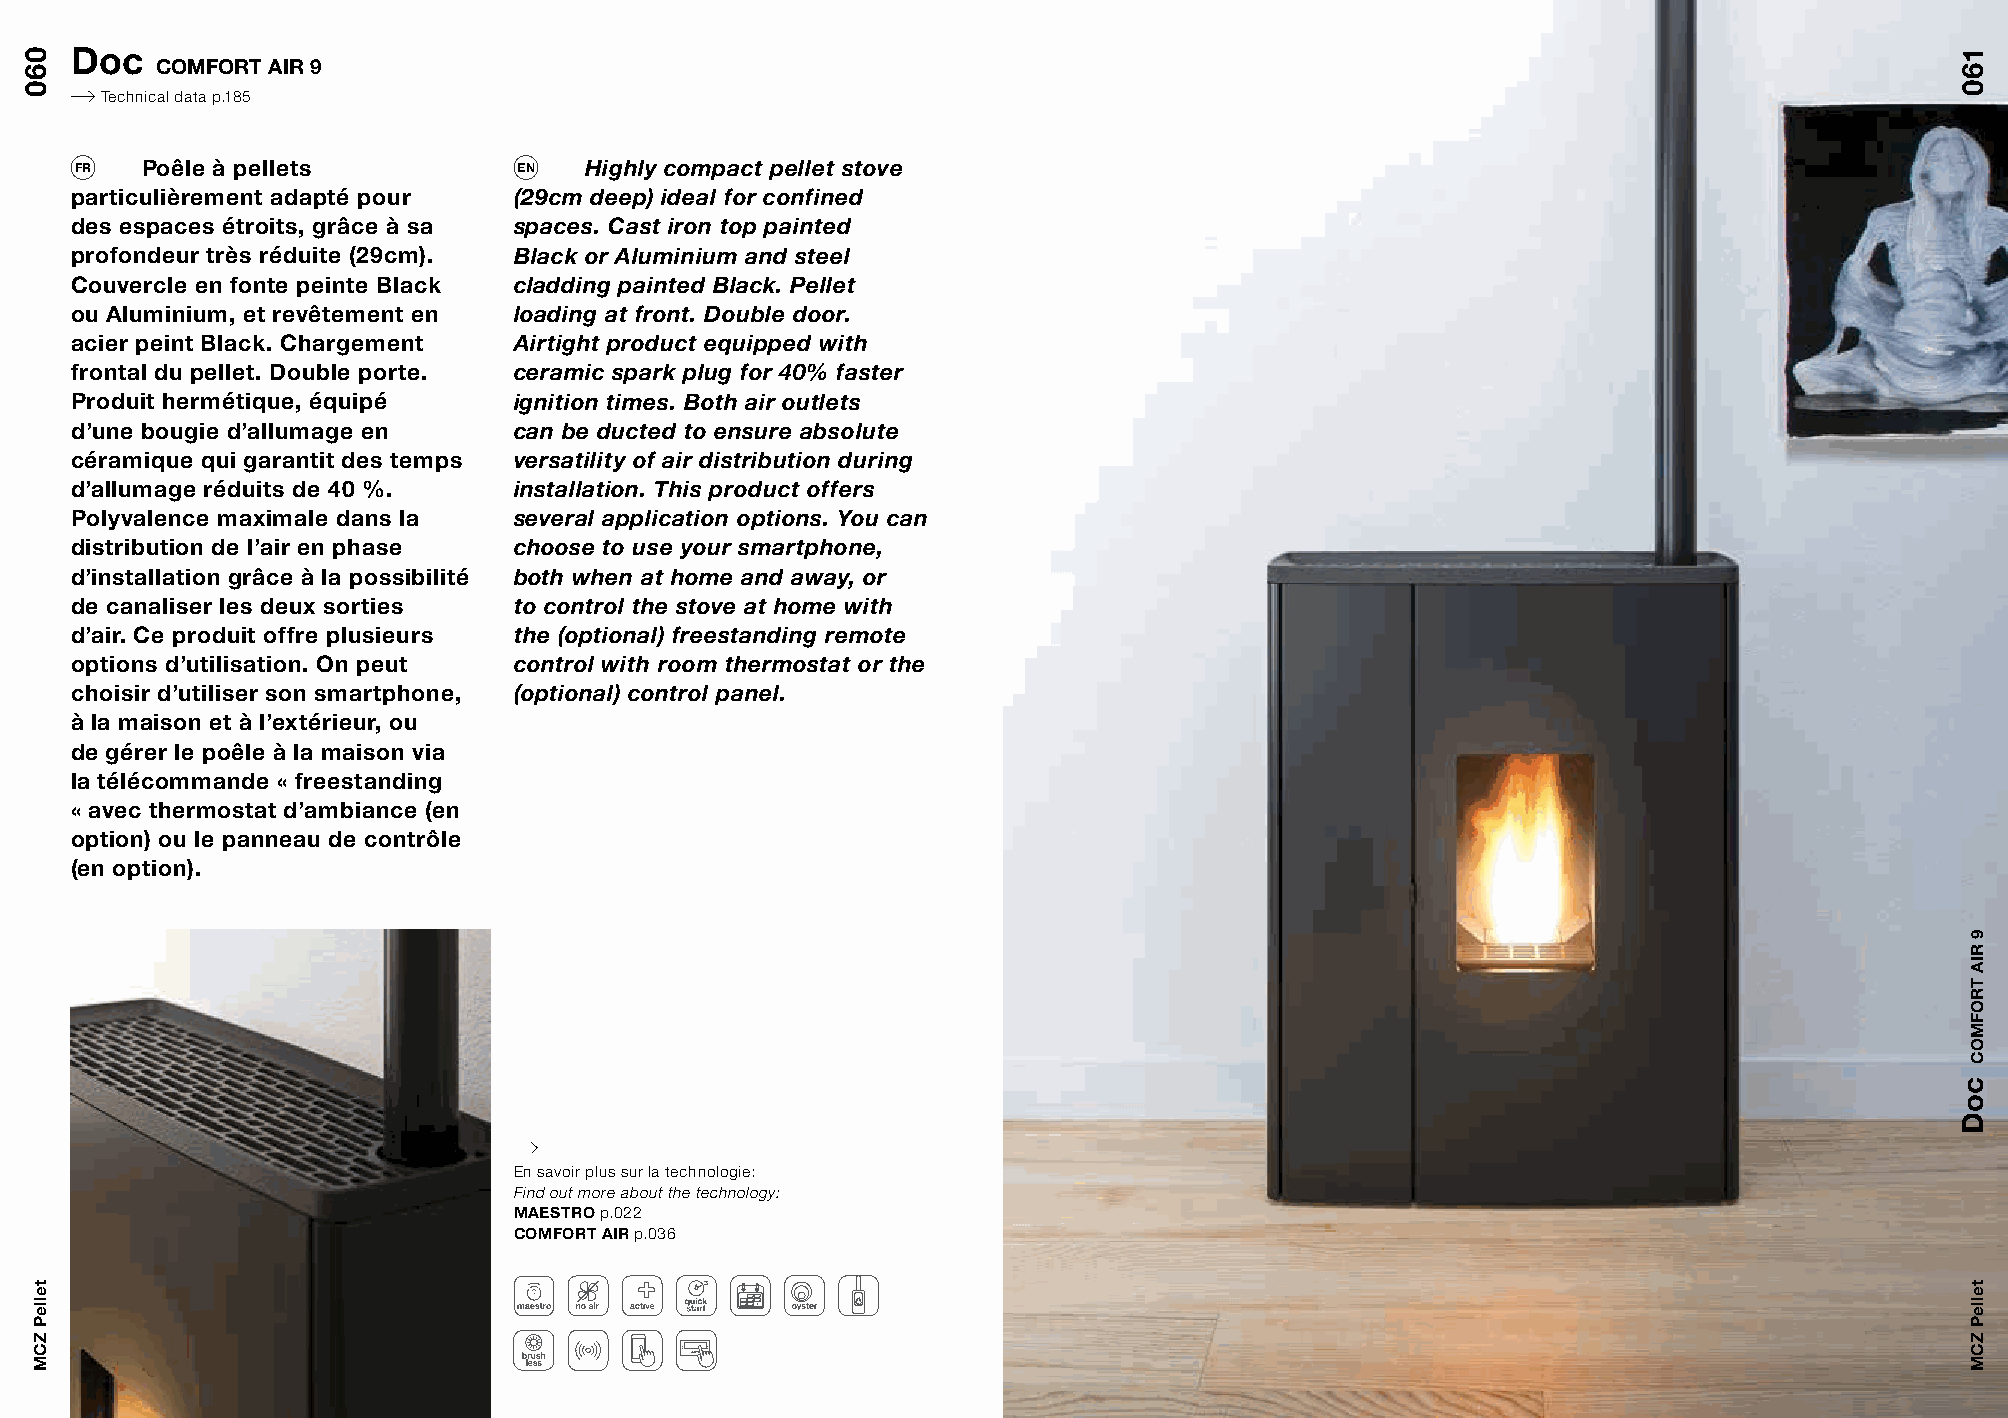
Doc
 COMFORT AIR 9
 Technical data p.185
 FR  Poêle à pellets          EN   Highly compact pellet stove
 particulièrement adapté pour (29cm deep) ideal for confined
 des espaces étroits, grâce à sa spaces. Cast iron top painted
 profondeur très réduite (29cm). Black or Aluminium and steel
 Couvercle en fonte peinte Black cladding painted Black. Pellet
 ou Aluminium, et revêtement en loading at front. Double door.
 acier peint Black. Chargement Airtight product equipped with
 frontal du pellet. Double porte. ceramic spark plug for 40% faster
 Produit hermétique, équipé   ignition times. Both air outlets
 d’une bougie d’allumage en   can be ducted to ensure absolute
 céramique qui garantit des temps versatility of air distribution during
 d’allumage réduits de 40 %.  installation. This product offers
 Polyvalence maximale dans la several application options. You can
 distribution de l’air en phase choose to use your smartphone,
 d’installation grâce à la possibilité both when at home and away, or
 de canaliser les deux sorties to control the stove at home with
 d’air. Ce produit offre plusieurs the (optional) freestanding remote
 options d’utilisation. On peut control with room thermostat or the
 choisir d’utiliser son smartphone, (optional) control panel.
 à la maison et à l’extérieur, ou
 de gérer le poêle à la maison via
 la télécommande « freestanding
 « avec thermostat d’ambiance (en
 option) ou le panneau de contrôle
 (en option).
 En savoir plus sur la technologie:
 Find out more about the technology:
 MAESTRO p.022
 COMFORT AIR p.036
 060
 telleP
 ZCM
 160
 coD
 9
 RIA
 TROFMOC
 telleP
 ZCM